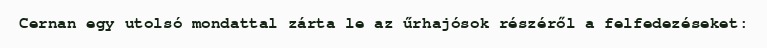
Cernan egy utolsó mondattal zárta le az űrhajósok részéről a felfedezéseket: